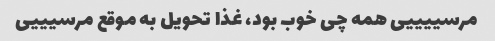
مرسییییی همه چی خوب بود، غذا تحویل به موقع مرسیییی